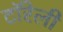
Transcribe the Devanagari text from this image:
टॉरेली